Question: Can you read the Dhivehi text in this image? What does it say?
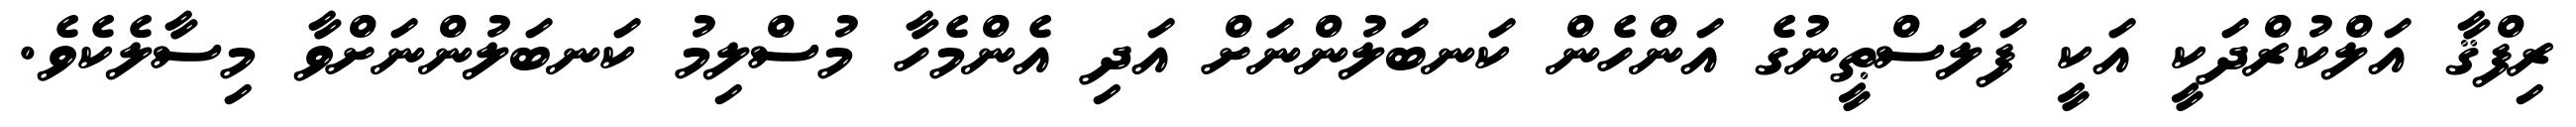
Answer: ރިފްޤާ އަލްކުރްދަކީ އަކީ ފަލަސްޠީނުގެ އަންހެން ކަނބަލުންނަށް އަދި އެންމެހާ މުސްލިމު ކަނބަލުންނަށްވާ މިސާލެކެވެ.